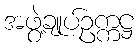
အဖွဲ့ချုပ်ဥက္ကဋ္ဌ